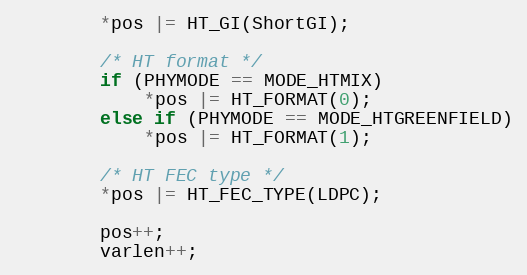
Language: C
		*pos |= HT_GI(ShortGI);

		/* HT format */
		if (PHYMODE == MODE_HTMIX)
			*pos |= HT_FORMAT(0);
		else if (PHYMODE == MODE_HTGREENFIELD)
			*pos |= HT_FORMAT(1);

		/* HT FEC type */
		*pos |= HT_FEC_TYPE(LDPC);

		pos++;
		varlen++;